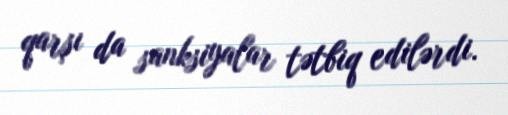
qarşı da sanksiyalar tətbiq edilərdi.